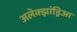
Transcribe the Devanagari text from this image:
अलेक्झांड्रिआ